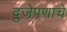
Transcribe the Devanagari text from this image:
दुजेपणाचे